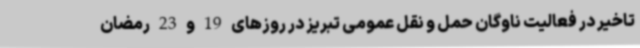
تاخیر در فعالیت ناوگان حمل و نقل عمومی تبریز در روزهای 19 و 23 رمضان